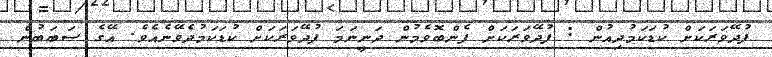
ފުދޭވަރަކަށް ކުޑަކަމުދިއުން : ފުދޭވަރަކަށް ފެންބޮވެމުން ދަނީނަމަ ފުދޭވަރަކަށް ކުޑަކަމުދެވޭނެއެވެ. އޭގެ ސަބަބުން